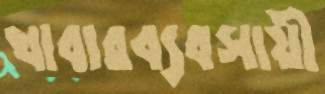
খাবারব্যবসায়ী